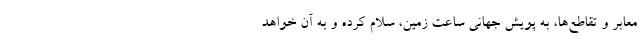
معابر و تقاطع‌ها، به پویش جهانی ساعت زمین، سلام کرده و به آن خواهد